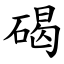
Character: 碣